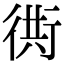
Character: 衖